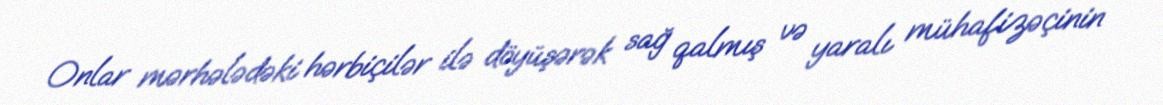
Onlar mərhələdəki hərbiçilər ilə döyüşərək sağ qalmış və yaralı mühafizəçinin